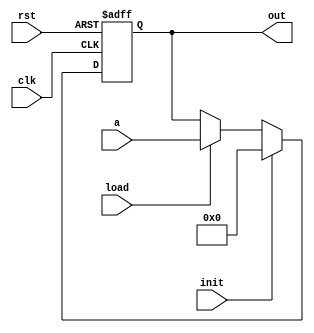
`timescale 1ns/1ns
module liRegister #(parameter n = 13)(clk, rst, a, load, init, out);
  input clk,rst;
  input signed [n:0] a;
  input load, init;
  output reg signed[n:0] out;
  always@(posedge clk, posedge rst)begin
    if (rst) out <= 0;
    else if (init) out <= 0;
    else if (load) out <= a;
    else out <= out;
  end
endmodule